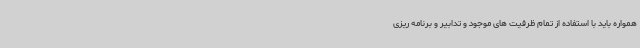
همواره باید با استفاده از تمام ظرفیت های موجود و تدابیر و برنامه ریزی